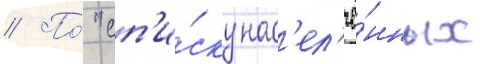
// По́ "сп'и́ску нас'ел'ё́нных